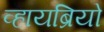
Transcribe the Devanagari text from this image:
व्हायब्रियो